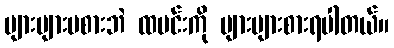
များများမစားဘဲ ထမင်းကို များများစားရပါတယ်။